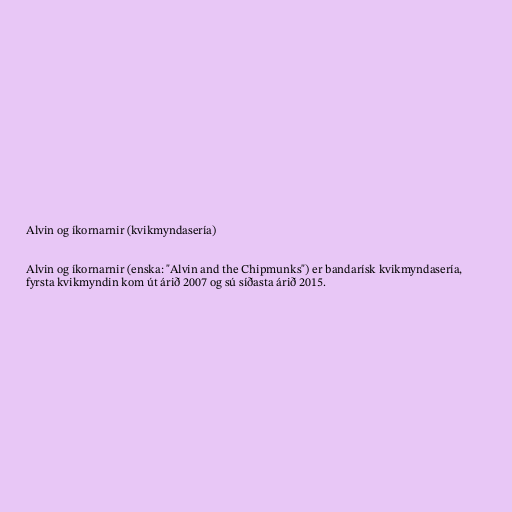
Alvin og íkornarnir (kvikmyndasería)

Alvin og íkornarnir (enska: "Alvin and the Chipmunks") er bandarísk kvikmyndasería,
fyrsta kvikmyndin kom út árið 2007 og sú síðasta árið 2015.